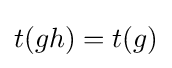
t(gh)=t(g)